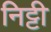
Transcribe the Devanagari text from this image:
निट्टी